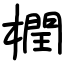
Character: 橍